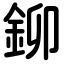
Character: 鉚